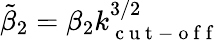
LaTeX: \tilde{\beta}_{2}=\beta_{2}k_{\mathrm{~c~u~t~-~o~f~f~}}^{3/2}